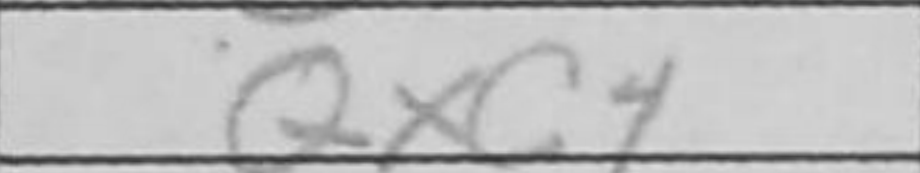
Transcription: Qxc4